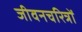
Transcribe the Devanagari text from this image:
जीवनचरित्रों